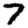
Digit: 7